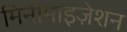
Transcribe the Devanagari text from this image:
मिनीमाइज़ेशन